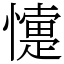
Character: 懥